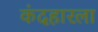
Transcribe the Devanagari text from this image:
कंदहारला